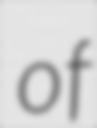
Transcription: of